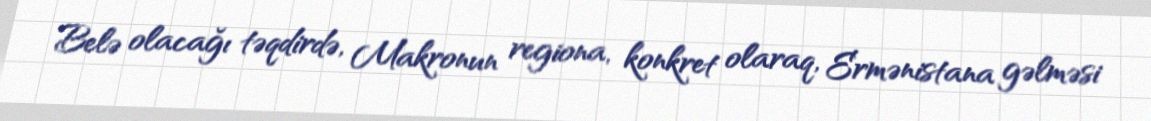
Belə olacağı təqdirdə, Makronun regiona, konkret olaraq, Ermənistana gəlməsi